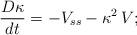
LaTeX: \begin{align*} \frac{D\kappa}{dt}=-V_{ss}-\kappa^2\,V;\end{align*}